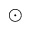
_ \odot